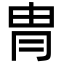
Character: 冑